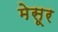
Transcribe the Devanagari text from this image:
मेसूर